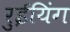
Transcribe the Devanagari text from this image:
रुईयिंग